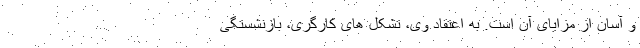
و آسان از مزایای آن است. به اعتقاد وی، تشکل های کارگری، بازنشستگی